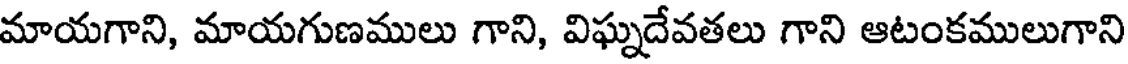
మాయగాని, మాయగుణములు గాని, విఘ్నదేవతలు గాని ఆటంకములుగాని